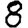
Digit: 8